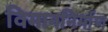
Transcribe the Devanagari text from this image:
विमाननिर्माण